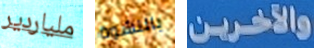
ملياردير بالنشوة والآخرين